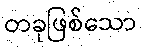
တခုဖြစ်သော